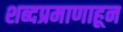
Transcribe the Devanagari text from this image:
शब्दप्रमाणाहून